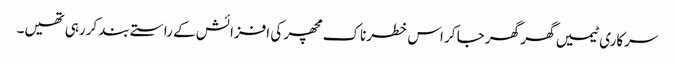
سرکاری ٹیمیں گھر گھر جا کر اس خطرناک مچھر کی افزائش کے راستے بند کررہی تھیں۔